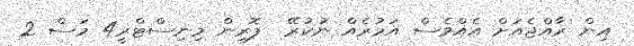
އިން ރާއްޖެއަށް އެއްވެސް އަމުރެއް ނުކުރޭ  ފޮރިން މިނިސްޓްރީ4 މަސް 2